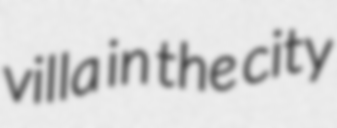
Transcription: villa in the city